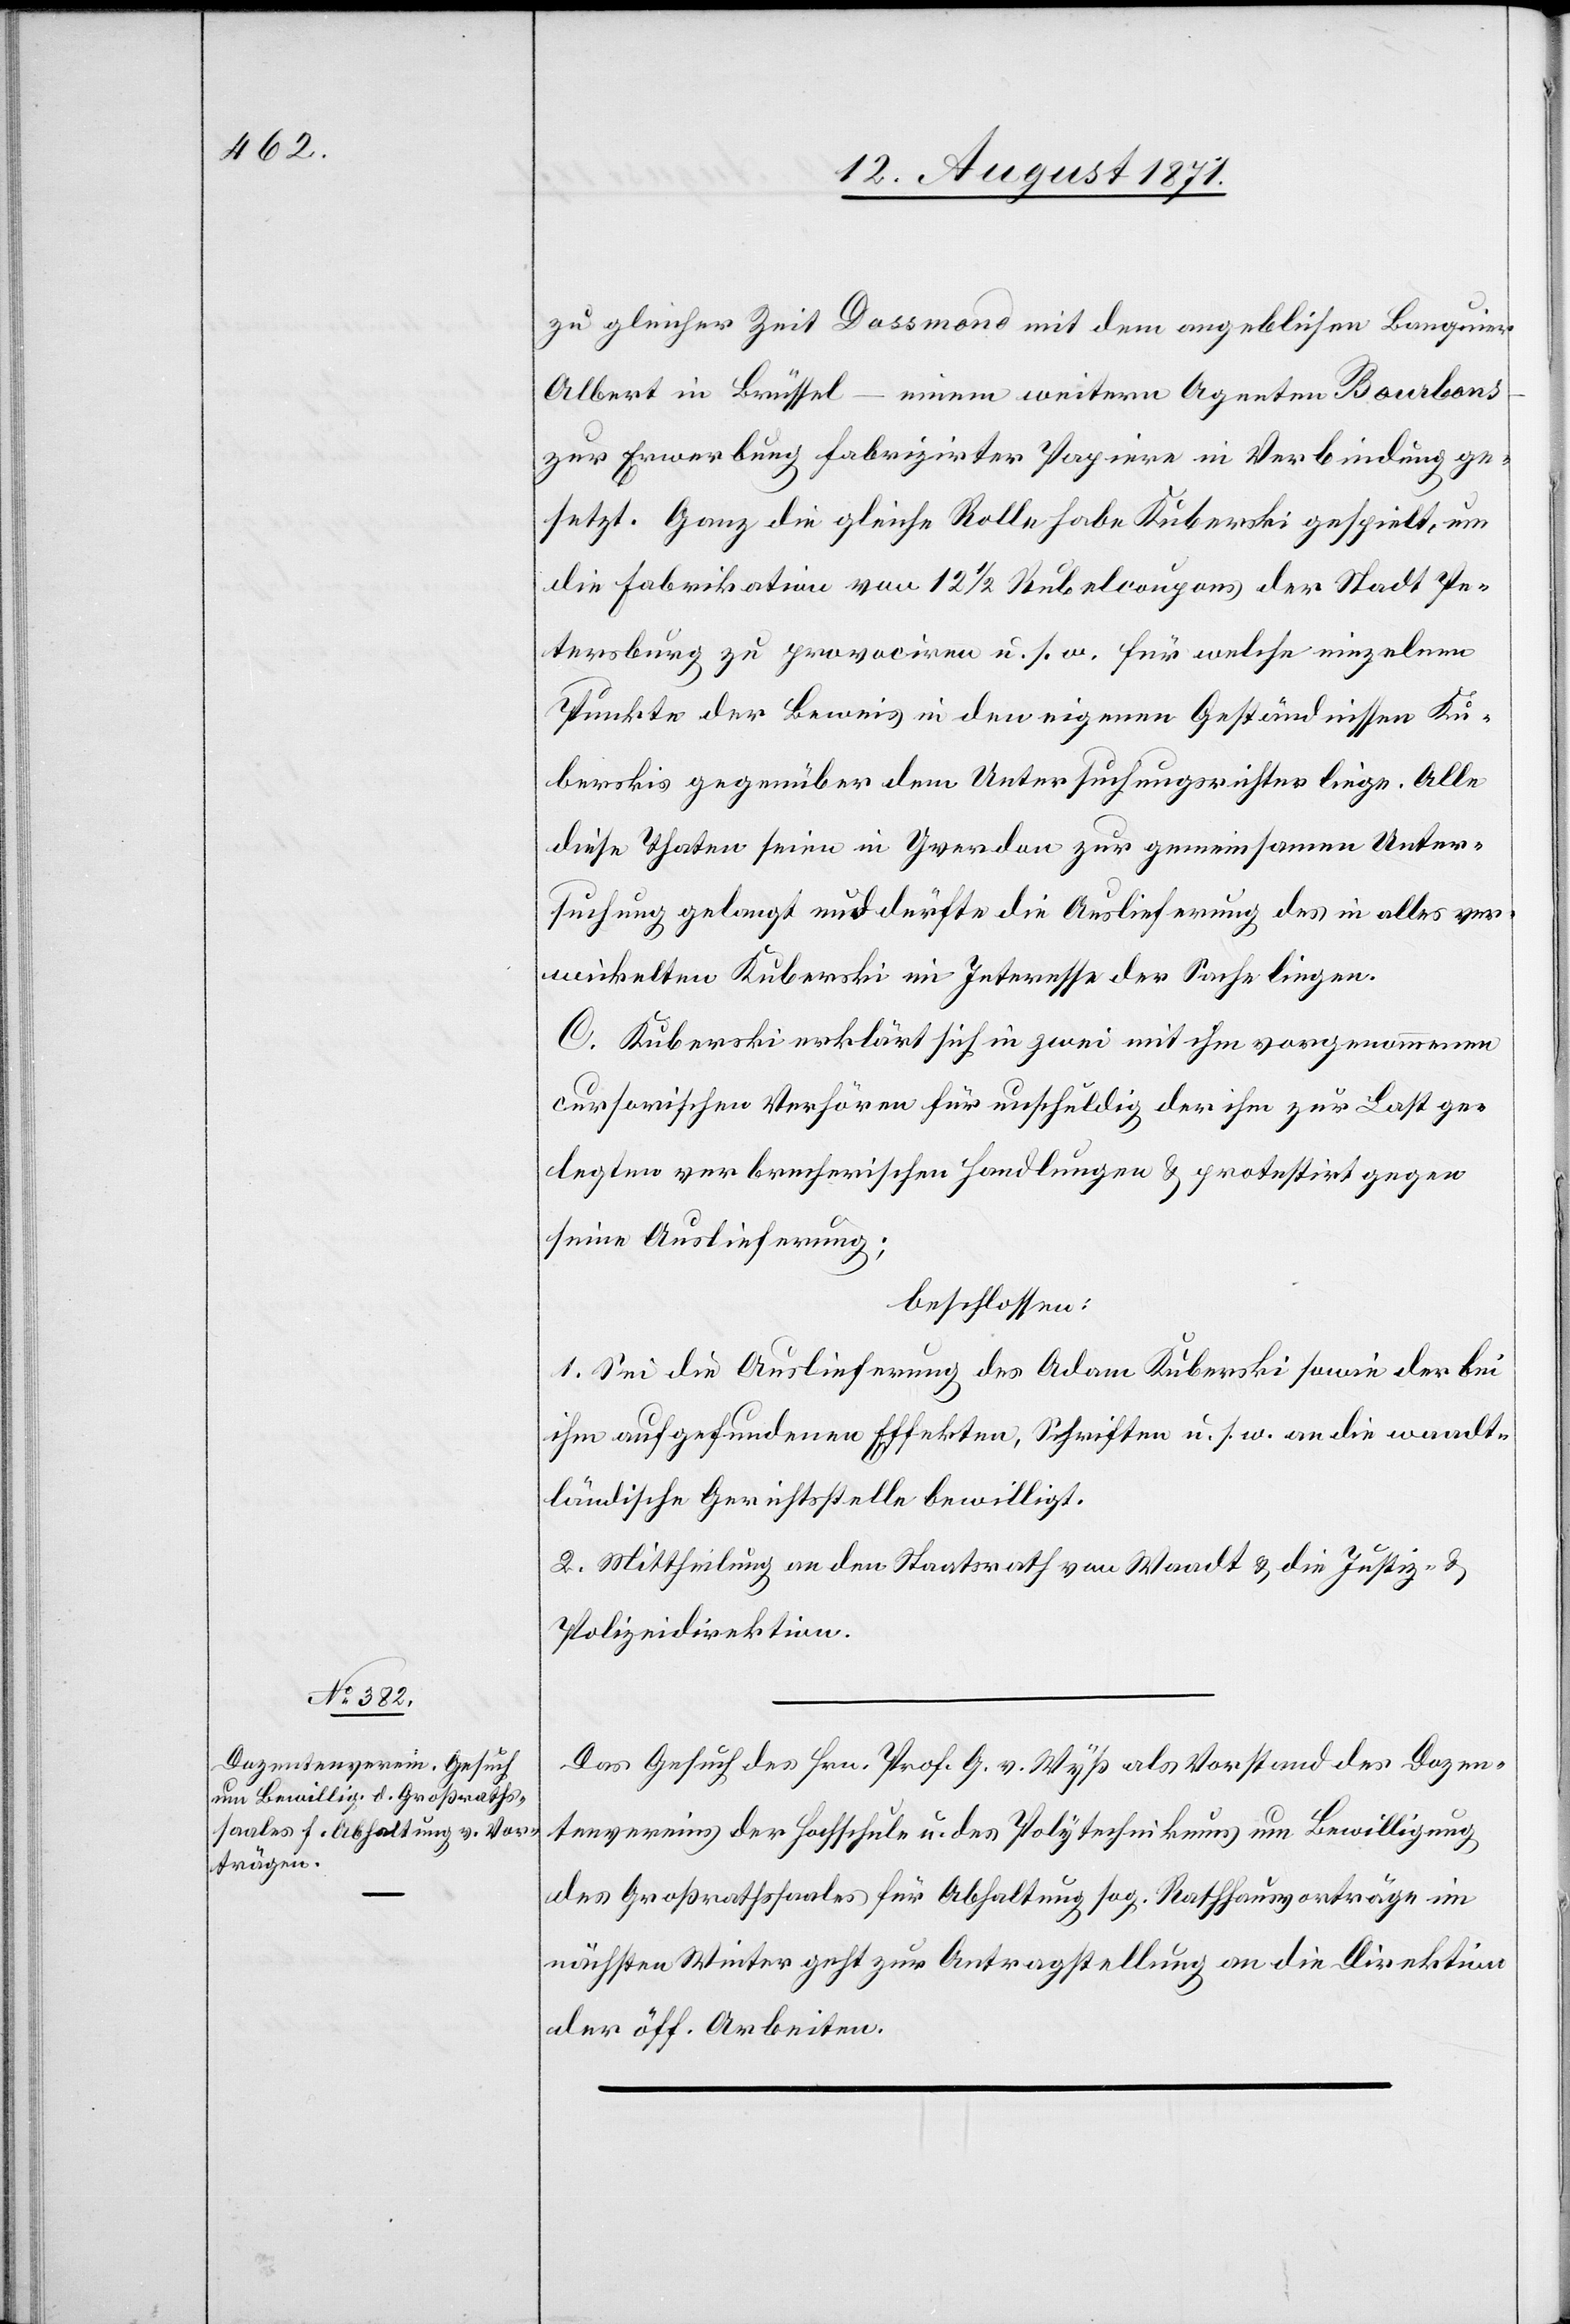
18. August 1871]
zu gleicher Zeit Dossmond mit dem angeblichen Banquier
Albert in Brüssel – einem weiteren Agenten Bourbons
zur Erwerbung fabrizirter Papiere in Verbindung ge¬
setzt. Ganz die gleiche Rolle habe Kuberski gespielt, um
die Fabrikation von 12 1/2 Rubelcoupons der Stadt Pe¬
tersburg zu provociren u. s. w. für welche einzelnen
Punkte der Beweis in den eigenen Geständnissen Ku¬
berskis gegenüber dem Untersuchungsrichter liege. Alle
diese Thaten seien in Yverdon zur gemeinsamen Unter¬
suchung gelangt und dürfte die Auslieferung des in alles ver¬
wickelten Kuberski im Interesse der Sache liegen.
C. Kuberski erklärt sich in zwei mit ihm vorgenommenen
cursorischen Verhören für unschuldig der ihm zur Last ge¬
legten verbrecherischen Handlungen & protestirt gegen
seine Auslieferung;
beschlossen:
1. Sei die Auslieferung des Adam Kuberski sowie der bei
ihm aufgefundenen Effekten, Schriften u. s. w. and die waadt¬
ländische Gerichtsstelle bewilligt.
2. Mittheilung an den Staatsrath von Waadt & an die Justiz- und
Polizeidirektion.
Das Gesuch des Hrn. Prof. G. v. Wyß als Vorstand des Dozen¬
tenvereins der Hochschule u. des Polytechnikums um Bewilligung
der Großrathssaales für Abhaltung sog. Rathhausvorträge im
nächsten Winter geht zur Antragstellung an die Direktion
der öff. Arbeiten.